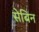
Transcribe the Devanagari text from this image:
सेबिन